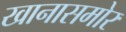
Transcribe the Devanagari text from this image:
खानासमोर